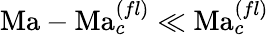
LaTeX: \mathrm{Ma}-\mathrm{Ma}_{c}^{(fl)}\ll\mathrm{Ma}_{c}^{(fl)}